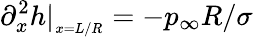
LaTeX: \partial_{x}^{2}h\vert_{{}_{x=L/R}}=-p_{\infty}R/\sigma